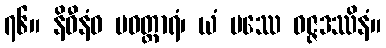
၇၆။ နိဓီနံဝ ပဝတ္တာရံ၊ ယံ ပဿေ ဝဇ္ဇဒဿိနံ။